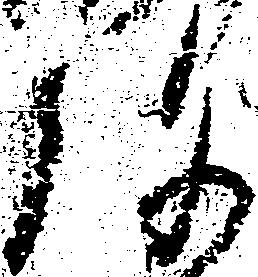
弥